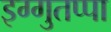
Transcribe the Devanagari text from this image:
इग्गुतप्पा